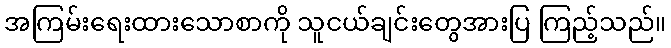
အကြမ်းရေးထားသောစာကို သူငယ်ချင်းတွေအားပြ ကြည့်သည်။